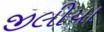
જીલીયા